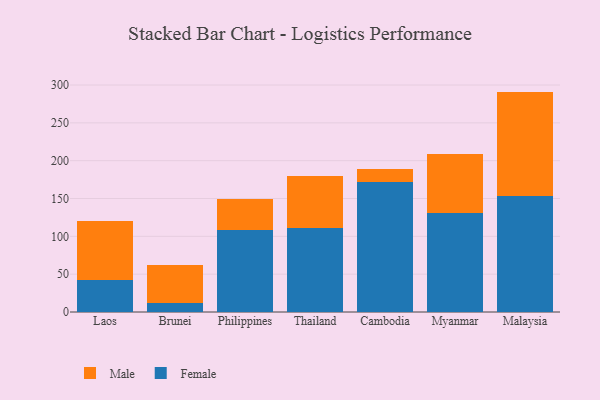
{"axis": {"x": "Country", "y": "Inventory Turnover"}, "legend": ["Female", "Male"], "data": [{"x": "Laos", "y": 42.1, "type": "Female"}, {"x": "Laos", "y": 77.9, "type": "Male"}, {"x": "Brunei", "y": 11.5, "type": "Female"}, {"x": "Brunei", "y": 50.7, "type": "Male"}, {"x": "Philippines", "y": 108.1, "type": "Female"}, {"x": "Philippines", "y": 40.9, "type": "Male"}, {"x": "Thailand", "y": 111.2, "type": "Female"}, {"x": "Thailand", "y": 69.0, "type": "Male"}, {"x": "Cambodia", "y": 171.3, "type": "Female"}, {"x": "Cambodia", "y": 17.3, "type": "Male"}, {"x": "Myanmar", "y": 130.7, "type": "Female"}, {"x": "Myanmar", "y": 77.6, "type": "Male"}, {"x": "Malaysia", "y": 153.7, "type": "Female"}, {"x": "Malaysia", "y": 137.6, "type": "Male"}]}